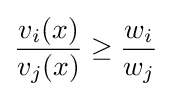
{\frac {v_{i}(x)}{v_{j}(x)}}\geq {\frac {w_{i}}{w_{j}}}